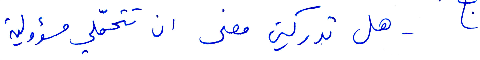
هل تدركين معنى أن تتحمّلي مسؤولية